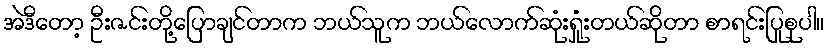
အဲဒီတော့ ဦးဇင်းတို့ပြောချင်တာက ဘယ်သူက ဘယ်လောက်ဆုံးရှုံးတယ်ဆိုတာ စာရင်းပြုစုပါ။